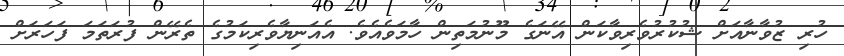
ހުރި ޒުވާނާއަށް ޝުކުރުވެރިވާކަން އޭނަގެ މޫނުމަތިން ހާމަވެއެވެ. އެއަނިޔާވެރިކަމުގެ ތެރޭން ފުރަތަމަ ފަހަރަށް